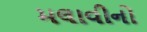
મલાવીનો